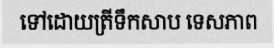
ទៅដោយត្រីទឹកសាប ទេសភាព